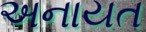
અનાયત